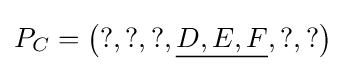
P_{C}=\left(?,?,?,{\underline {D,E,F}},?,?\right)